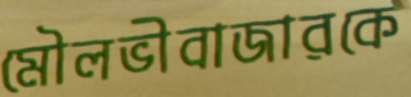
মৌলভীবাজারকে